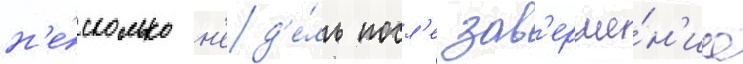
н'е́сколько н'ед'е́ль посл'е зав'ерше́н'иа